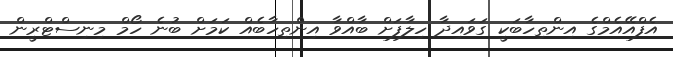
އެފްއޭއެމްގެ އިންތިހާބަކީ ގަވައިދާ ހިލާފަށް ބާއްވާ އިންތިހާބެއް ކަމަށް ބުނެ ހޯމް މިނިސްޓްރީން